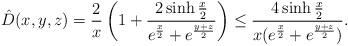
LaTeX: \begin{align*}\hat{D}(x,y,z)=\frac{2}{x}\left(1+\frac{2\sinh\frac{x}{2}}{e^{\frac{x}{2}}+e^{\frac{y+z}{2}}}\right)\leq\frac{4\sinh\frac{x}{2}}{x(e^{\frac{x}{2}}+e^{\frac{y+z}{2}})}.\end{align*}